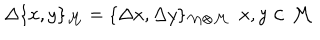
\Delta \{ x , y \} _ { { \cal M } } = \{ \Delta x , \Delta y \} _ { { \cal M \otimes } { \cal M } } ~ ~ x , y \in { \cal M }